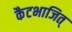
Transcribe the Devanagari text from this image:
कैटभाजित्